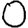
Digit: 0